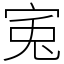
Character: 𡨘